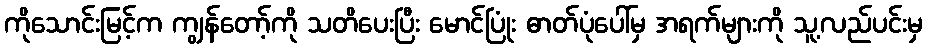
ကိုသောင်းမြင့်က ကျွန်တော့်ကို သတိပေးပြီး မောင်ပြုံး ဓာတ်ပုံပေါ်မှ အရက်များကို သူ့လည်ပင်းမှ